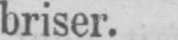
briser.